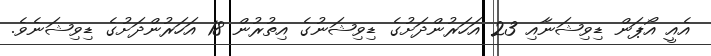
އެއީ އޯޕަން ޑިވިޝަނާއި 23 އަހަރުންދަށުގެ ޑިވިޝަނުގެ އިތުރުން 18 އަހަރުންދަށުގެ ޑިވިޝަނެވެ.